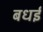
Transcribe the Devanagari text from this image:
बधई